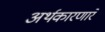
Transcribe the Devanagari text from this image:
अर्थकारणारे